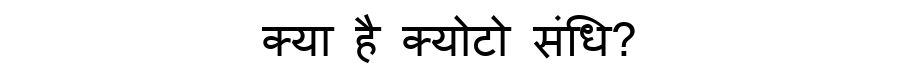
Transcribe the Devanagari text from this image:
क्या है क्योटो संधि?